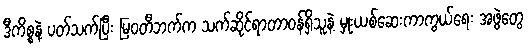
ဒီကိစ္စနဲ့ ပတ်သက်ပြီး မြဝတီဘက်က သက်ဆိုင်ရာတာဝန်ရှိသူနဲ့ မှုးယစ်ဆေးကာကွယ်ရေး အဖွဲတွေ